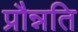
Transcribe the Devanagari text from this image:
प्रौन्नति